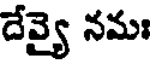
దేవ్యై నమః